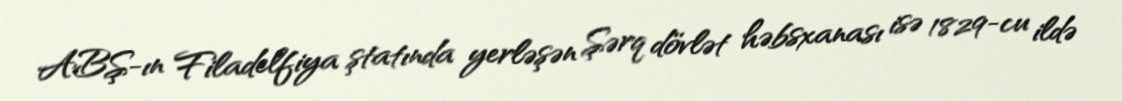
ABŞ-ın Filadelfiya ştatında yerləşən Şərq dövlət həbsxanası isə 1829-cu ildə